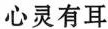
心灵有耳